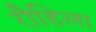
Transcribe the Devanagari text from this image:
रौहिला